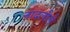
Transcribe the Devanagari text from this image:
नादलीले